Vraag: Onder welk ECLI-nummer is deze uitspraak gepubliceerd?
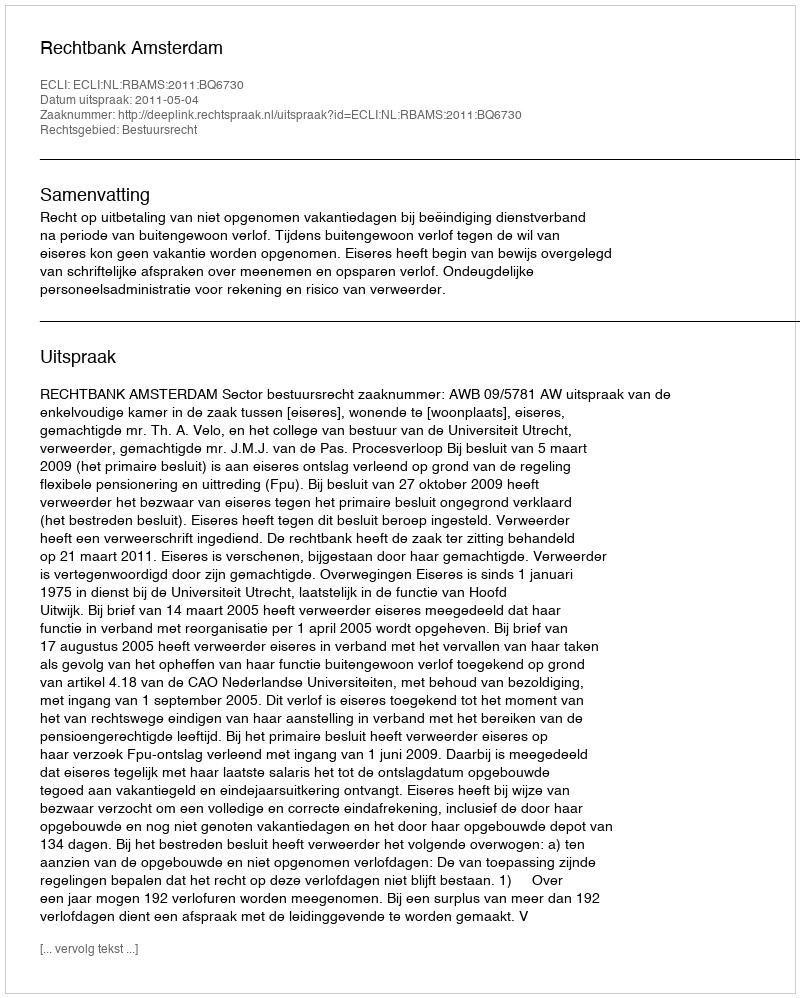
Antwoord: ECLI:NL:RBAMS:2011:BQ6730